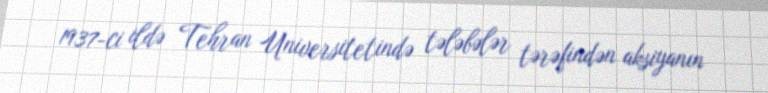
1937-ci ildə Tehran Universitetində tələbələr tərəfindən aksiyanın